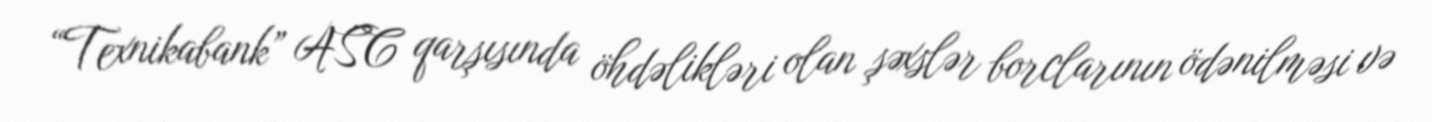
“Texnikabank” ASC qarşısında öhdəlikləri olan şəxslər borclarının ödənilməsi və